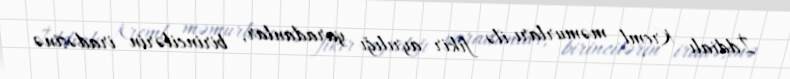
İddialı Kreml məmurları ilə fikir ayrılığı yaradanlar, birincilərin iradəsinə